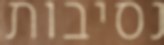
נסיבות